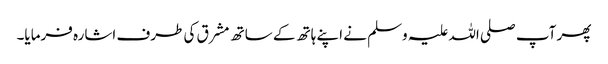
پھر آپ صلی اللہ علیہ وسلم نے اپنے ہاتھ کے ساتھ مشرق کی طرف اشارہ فرمایا۔